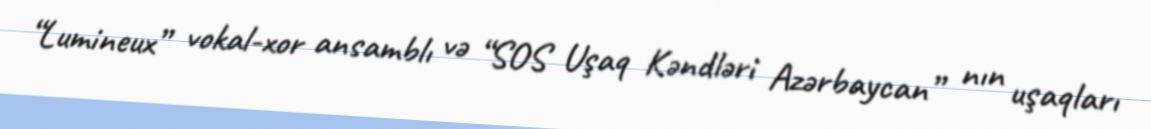
“Lumineux” vokal-xor ansamblı və “SOS Uşaq Kəndləri Azərbaycan” nın uşaqları